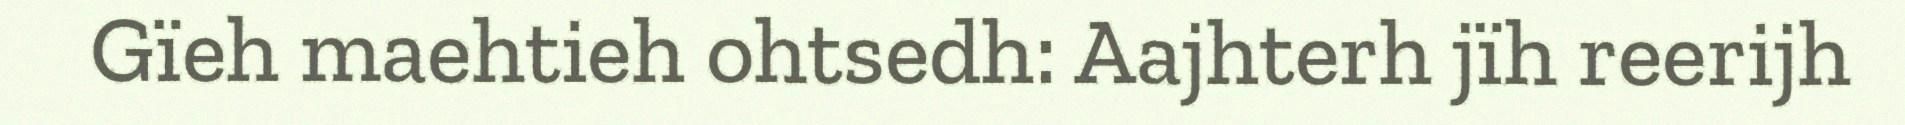
Gïeh maehtieh ohtsedh: Aajhterh jïh reerijh